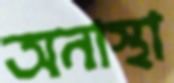
অনাস্থা